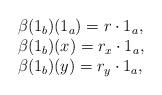
LaTeX: \begin{align*}\begin{array}{l} \beta(1_b)(1_a) = r\cdot 1_a,\\ \beta(1_b)(x) = r_x\cdot 1_a,\\ \beta(1_b)(y) = r_y\cdot 1_a,\end{array}\end{align*}